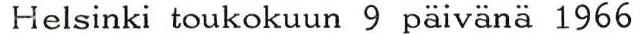
Helsinki toukokuun 9 päivänä 1966